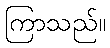
ကြာသည်။